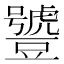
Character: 𧰑